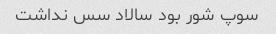
سوپ شور بود سالاد سس نداشت